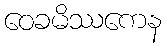
ဝေခမိဿကေန